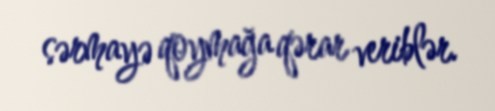
sərmayə qoymağa qərar veriblər.